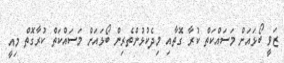
ޒަވީ ބޯޅައަށް މަސައްކަތް ކުރާ ގޮތާއި މިދެކުޅުންތެރިން ބޯޅައަށް މަސައްކަތް ކުރާގޮތް މިއީ